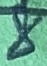
Text: 8